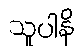
သူပါနိ